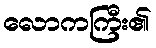
လောကကြီး၏